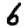
Digit: 6